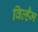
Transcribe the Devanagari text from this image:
विल्हैम